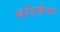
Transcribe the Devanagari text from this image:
कोंडकेंवर